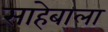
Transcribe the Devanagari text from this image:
साहेबाला